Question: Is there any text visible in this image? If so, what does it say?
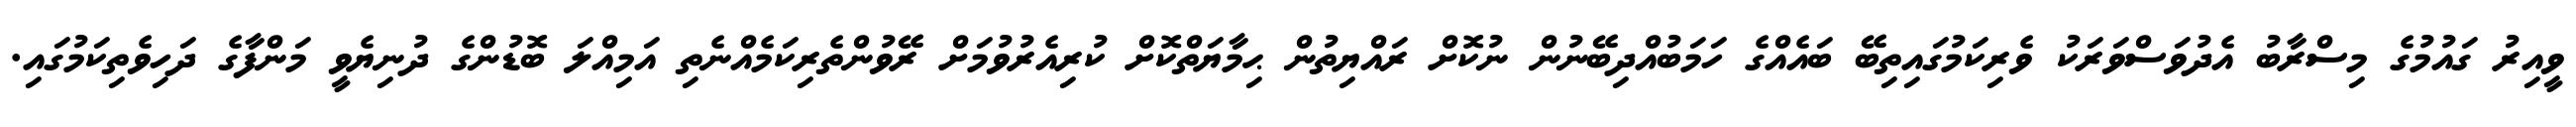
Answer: ވީއިރު ގައުމުގެ މިސްރާބު އެދުވަސްވަރަކު ވެރިކަމުގައިތިބޭ ބައެއްގެ ހަމަބުއްދިބޭނުން ނުކޮށް ރައްޔިތުން ޙިމާޔަތްކޮށް ކުރިއެރުވުމަށް ރޭވުންތެރިކަމެއްނެތި އަމިއްލަ ބޮޑުންގެ ދުނިޔެވީ މަންފާގެ ދަހިވެތިކަމުގައި.